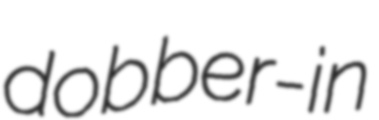
dobber-in